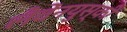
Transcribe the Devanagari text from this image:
लैवेंनयुस्की